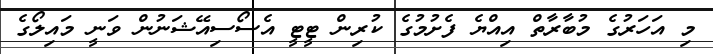
މި އަހަރުގެ މުބާރާތް އިއްޔެ ފެށުމުގެ ކުރިން ޓީޓީ އެސޯސިއޭޝަނުން ވަނީ މައިލޯގެ